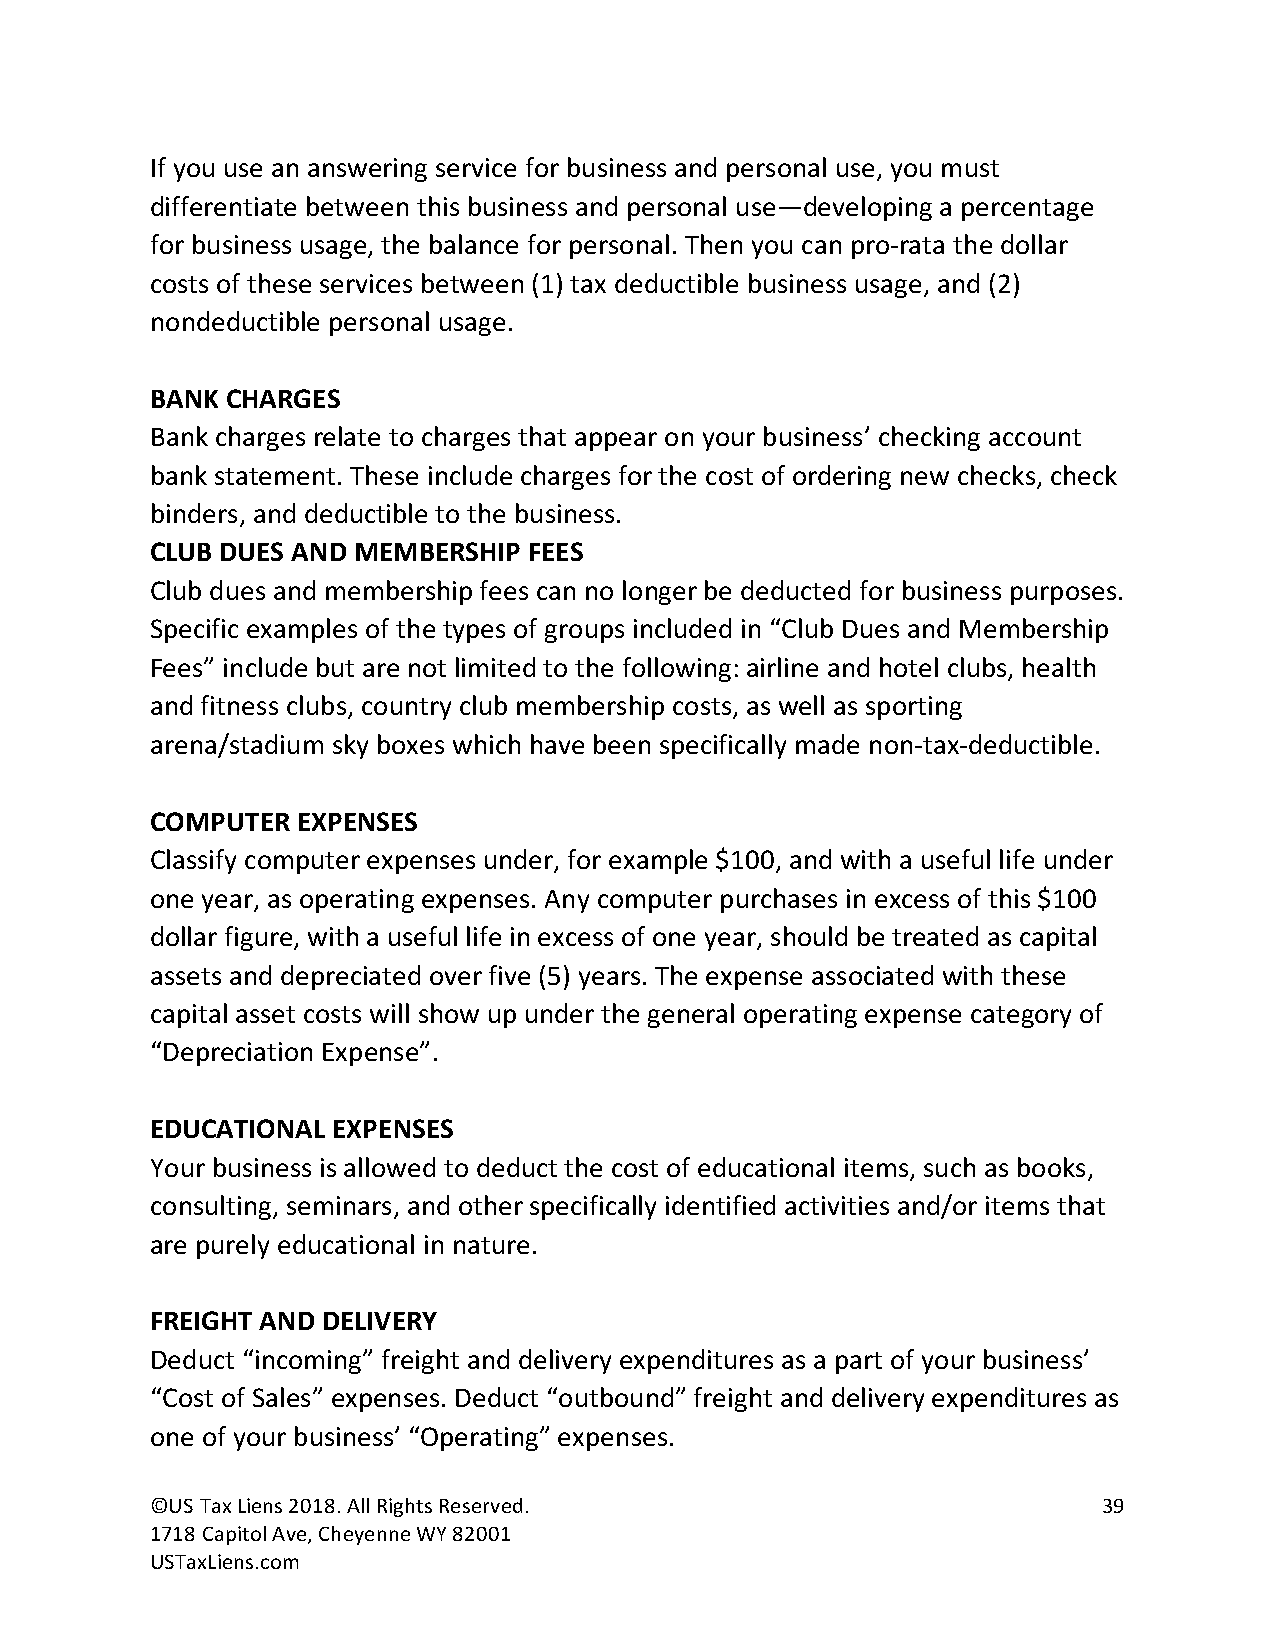
If you use an answering service for business and personal use, you must
 differentiate between this business and personal use—developing a percentage
 for business usage, the balance for personal. Then you can pro-rata the dollar
 costs of these services between (1) tax deductible business usage, and (2)
 nondeductible personal usage.
 BANK CHARGES
 Bank charges relate to charges that appear on your business’ checking account
 bank statement. These include charges for the cost of ordering new checks, check
 binders, and deductible to the business.
 CLUB DUES AND MEMBERSHIP FEES
 Club dues and membership fees can no longer be deducted for business purposes.
 Specific examples of the types of groups included in “Club Dues and Membership
 Fees” include but are not limited to the following: airline and hotel clubs, health
 and fitness clubs, country club membership costs, as well as sporting
 arena/stadium sky boxes which have been specifically made non-tax-deductible.
 COMPUTER  EXPENSES
 Classify computer expenses under, for example $100, and with a useful life under
 one year, as operating expenses. Any computer purchases in excess of this $100
 dollar figure, with a useful life in excess of one year, should be treated as capital
 assets and depreciated over five (5) years. The expense associated with these
 capital asset costs will show up under the general operating expense category of
 “Depreciation Expense”.
 EDUCATIONAL EXPENSES
 Your business is allowed to deduct the cost of educational items, such as books,
 consulting, seminars, and other specifically identified activities and/or items that
 are purely educational in nature.
 FREIGHT AND DELIVERY
 Deduct “incoming” freight and delivery expenditures as a part of your business’
 “Cost of Sales” expenses. Deduct “outbound” freight and delivery expenditures as
 one of your business’ “Operating” expenses.
 ©US Tax Liens 2018. All Rights Reserved.                       39
 1718 Capitol Ave, Cheyenne WY 82001
 USTaxLiens.com